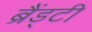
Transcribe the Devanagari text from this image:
ब्रैंड्टी